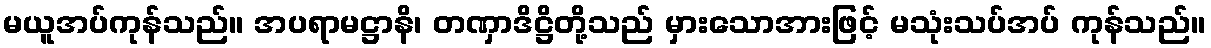
မယူအပ်ကုန်သည်။ အပရာမဋ္ဌာနိ၊ တဏှာဒိဋ္ဌိတို့သည် မှားသောအားဖြင့် မသုံးသပ်အပ် ကုန်သည်။